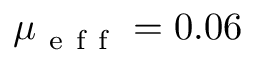
\mu _ { \mathrm { ~ e ~ f ~ f ~ } } = 0 . 0 6